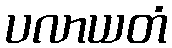
ပလာယတံ